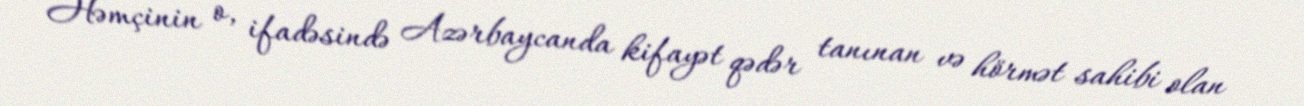
Həmçinin o, ifadəsində Azərbaycanda kifayət qədər tanınan və hörmət sahibi olan